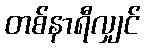
တစ်နာရီလျှင်